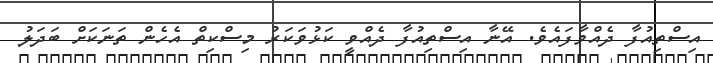
އިސްތިއުފާ ދެއްވާފައެވެ. އޭނާ އިސްތިއުފާ ދެއްވީ ކަޅުވަކަރު މިސްކިތް އެހެން ތަނަކަށް ބަދަލު